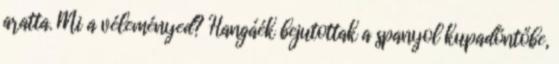
aratta. Mi a véleményed? Hangáék bejutottak a spanyol kupadöntőbe,